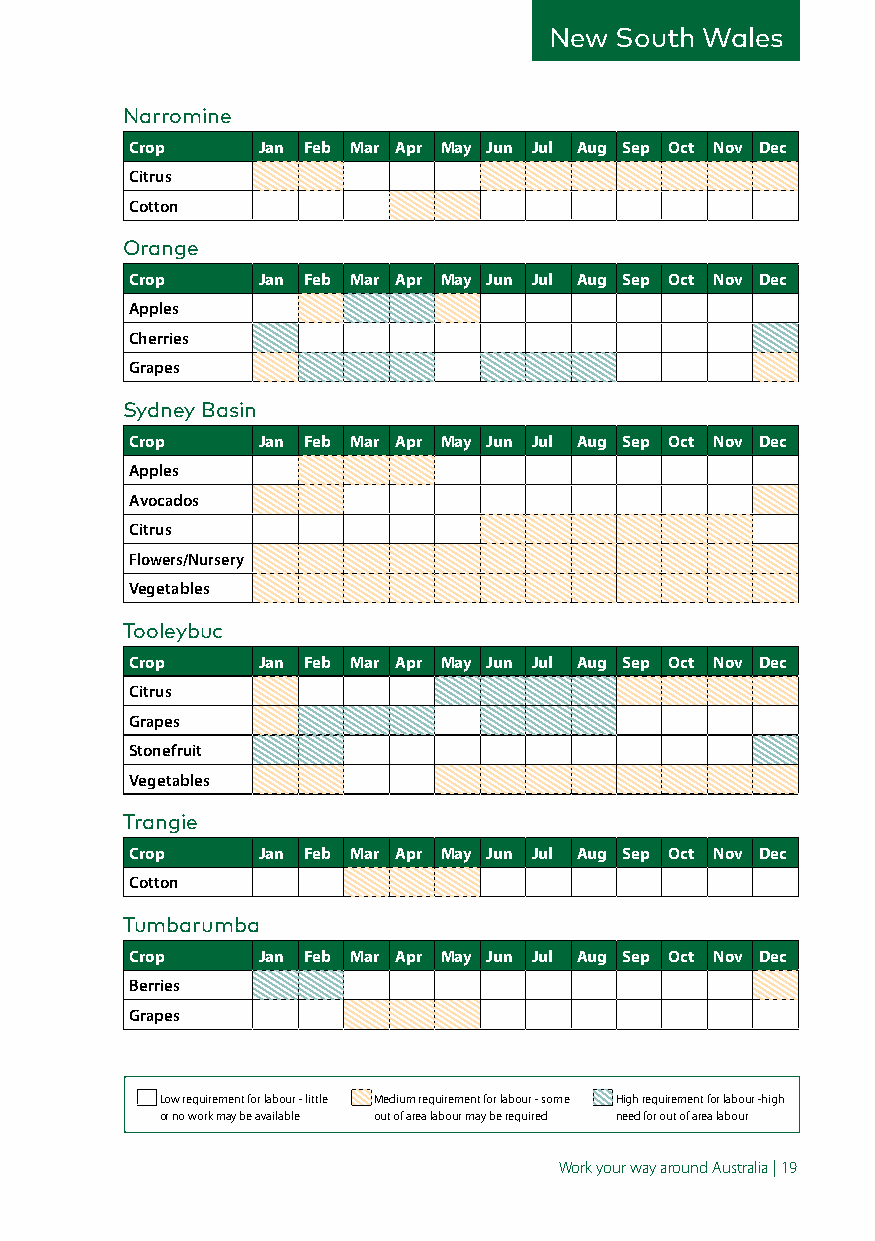
New  South Wales
 Narromine
 Crop    Jan Feb Mar Apr May Jun Jul Aug Sep Oct Nov Dec
 Citrus
 Cotton
 Orange
 Crop    Jan Feb Mar Apr May Jun Jul Aug Sep Oct Nov Dec
 Apples
 Cherries
 Grapes
 Sydney Basin
 Crop    Jan Feb Mar Apr May Jun Jul Aug Sep Oct Nov Dec
 Apples
 Avocados
 Citrus
 Flowers/Nursery
 Vegetables
 Tooleybuc
 Crop    Jan Feb Mar Apr May Jun Jul Aug Sep Oct Nov Dec
 Citrus
 Grapes
 Stonefruit
 Vegetables
 Trangie
 Crop    Jan Feb Mar Apr May Jun Jul Aug Sep Oct Nov Dec
 Cotton
 Tumbarumba
 Crop    Jan Feb Mar Apr May Jun Jul Aug Sep Oct Nov Dec
 Berries
 Grapes
 Low requirement for labour - little Medium requirement for labour - some High requirement for labour -high
 or no work may be available out of area labour may be required need for out of area labour
 Work your way around Australia | 19